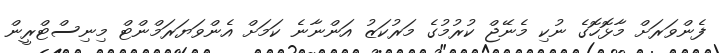
ފެންވަރަށް މާޅޮހޮގެ ނުކި މެނޭޖް ކުރުމުގެ މަރުކަޒު އަންނާނެ ކަމަށް އެންވަޔަރަމްންޓް މިނިސްޓްރީން